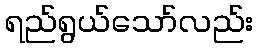
ရည်ရွယ်သော်လည်း